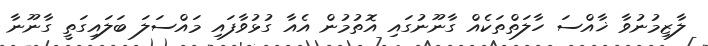
ލާޒިމުނުވާ ޚާއްސަ ހާލަތްތަކެއް ގާނޫނުގައި އޮތުމުން އެއާ ގުޅުވާފައި މައްސަލަ ބަލައިގަތީ ގާނޫނާ